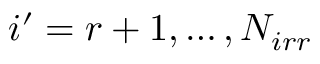
i ^ { \prime } = r + 1 , \dots , N _ { i r r }